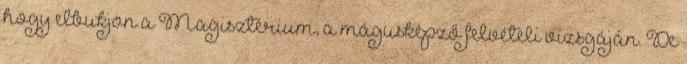
hogy elbukjon a Magisztérium, a mágusképző felvételi vizsgáján. De